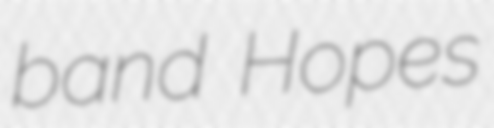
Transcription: band Hopes